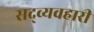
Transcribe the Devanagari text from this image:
सद्व्यवहारी